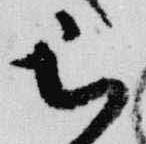
被